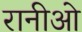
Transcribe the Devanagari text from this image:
रानीओ